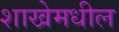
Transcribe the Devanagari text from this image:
शाखेमधील